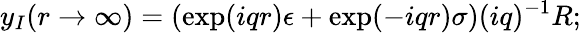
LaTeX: y_{I}(r\to\infty)=\left(\exp(iqr)\epsilon+\exp(-iqr)\sigma\right)(iq)^{-1}R;